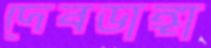
দেবডাঙ্গা